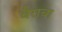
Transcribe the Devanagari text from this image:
वैराचा